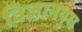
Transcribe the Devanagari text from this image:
विज्ञानयुग